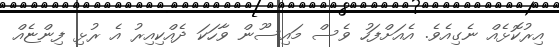
އިރުކޮޅެއް ނެގިއެވެ. އެއަށްފަހު ވެސް މައިސޫން ވާހަކަ ދެއްކިއިރު އެ ރުޅި ފިންޏެއް